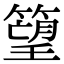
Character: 𥲠